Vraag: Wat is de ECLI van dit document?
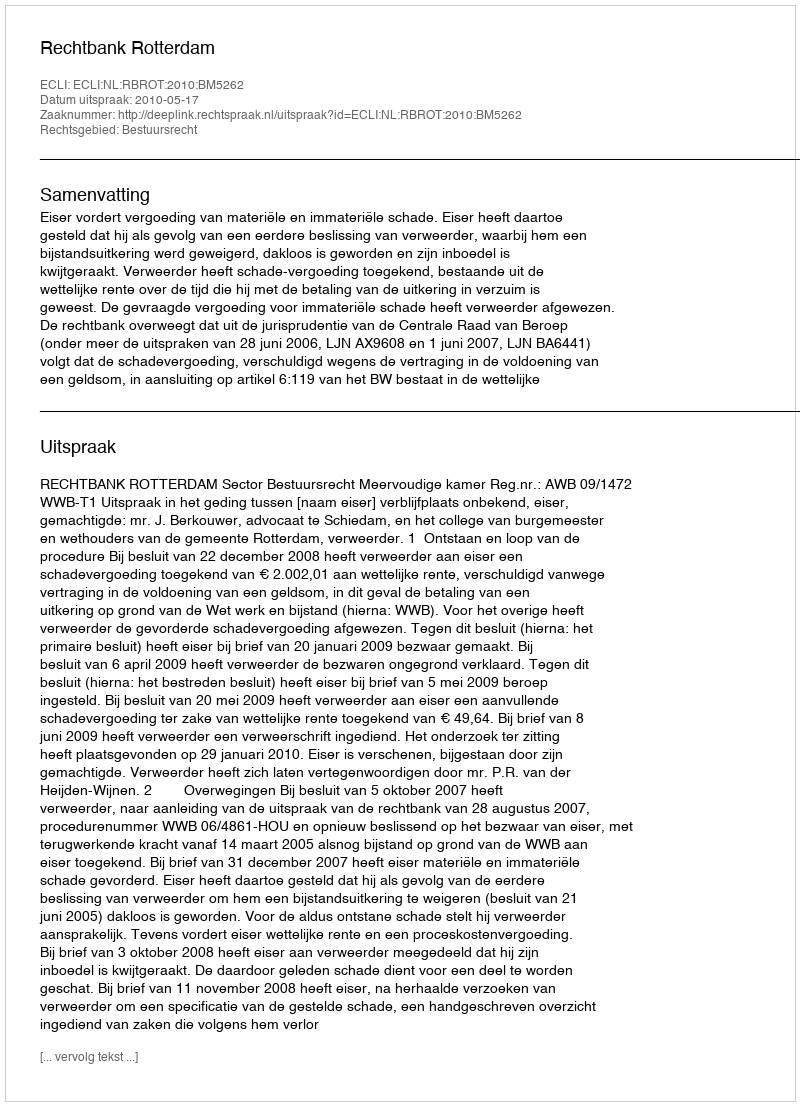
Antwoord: ECLI:NL:RBROT:2010:BM5262